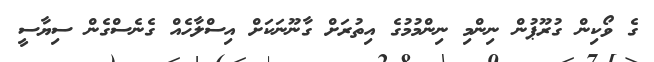
ގެ ވޯކިން ގުރޫޕުން ނިންމި ނިންމުމުގެ އިތުރަށް ގާނޫނަކަށް އިސްލާހެއް ގެނެސްގެން ސިޔާސީ